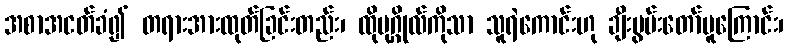
အစာအငတ်ခံ၍ တရားအားထုတ်ခြင်းတည်း၊ ထိုပုဂ္ဂိုလ်ကိုသာ သူရဲကောင်းဟု ချီးမွမ်းတော်မူကြောင်း၊